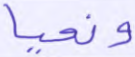
ونحيا